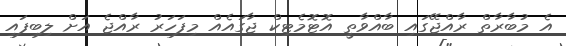
އެ މުބާރާތް ރާއްޖޭގައި ބާއްވާތީ އޮޓޮމެޓިކް ޖާގައެއް މިފަހަރު ރާއްޖެ އަށް ލިބިފައި